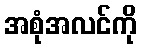
အစုံအလင်ကို